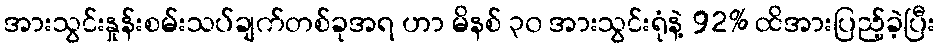
အားသွင်းနှုန်းစမ်းသပ်ချက်တစ်ခုအရ ဟာ မိနစ် ၃၀ အားသွင်းရုံနဲ့ 92% ထိအားပြည့်ခဲ့ပြီး